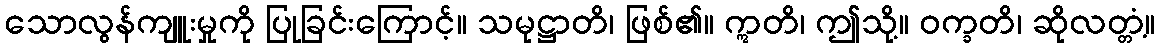
သောလွန်ကျူးမှုကို ပြုခြင်းကြောင့်။ သမုဋ္ဌာတိ၊ ဖြစ်၏။ ဣတိ၊ ဤသို့။ ဝက္ခတိ၊ ဆိုလတ္တံ့။